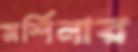
মর্শিনার